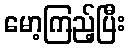
မော့ကြည့်ပြီး